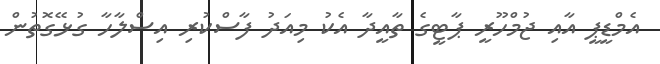
އެމްޑީޕީ އާއި ޖުމްހޫރީ ޕާޓީގެ ތާއީދާ އެކު މިއަދު ފާސްކުރި އިސްލާހާ ގުޅޭގޮތުން